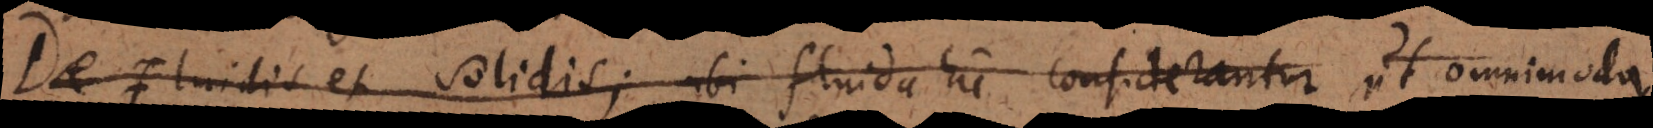
et Solidis; ubi fluida hic considerantur ut omnimoda